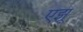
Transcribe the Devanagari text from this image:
एझू